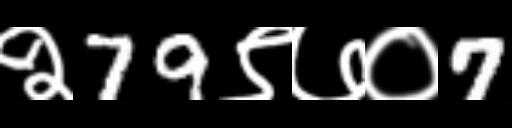
Text: २79९७०7